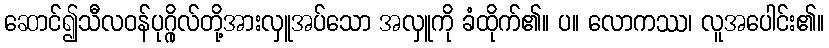
ဆောင်၍သီလဝန်ပုဂ္ဂိုလ်တို့အားလှူအပ်သော အလှူကို ခံထိုက်၏။ ပ။ လောကဿ၊ လူအပေါင်း၏။